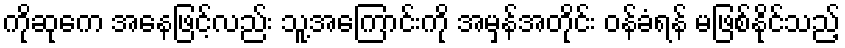
ကိုဆုကေ အနေဖြင့်လည်း သူ့အကြောင်းကို အမှန်အတိုင်း ဝန်ခံရန် မဖြစ်နိုင်သည့်